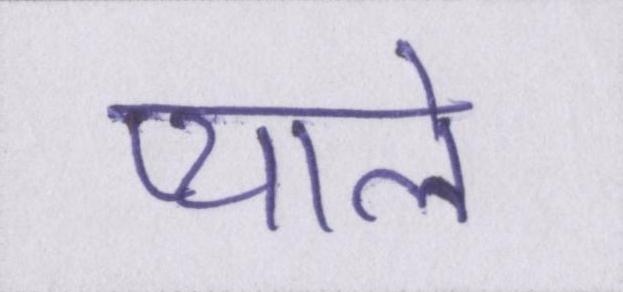
प्याले